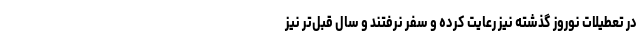
در تعطیلات نوروز گذشته نیز رعایت کرده و سفر نرفتند و سال قبل‌تر نیز